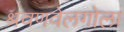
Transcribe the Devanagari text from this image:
श्रवणवेलगोला